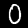
Label: 0